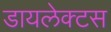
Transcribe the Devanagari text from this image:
डायलेक्टस